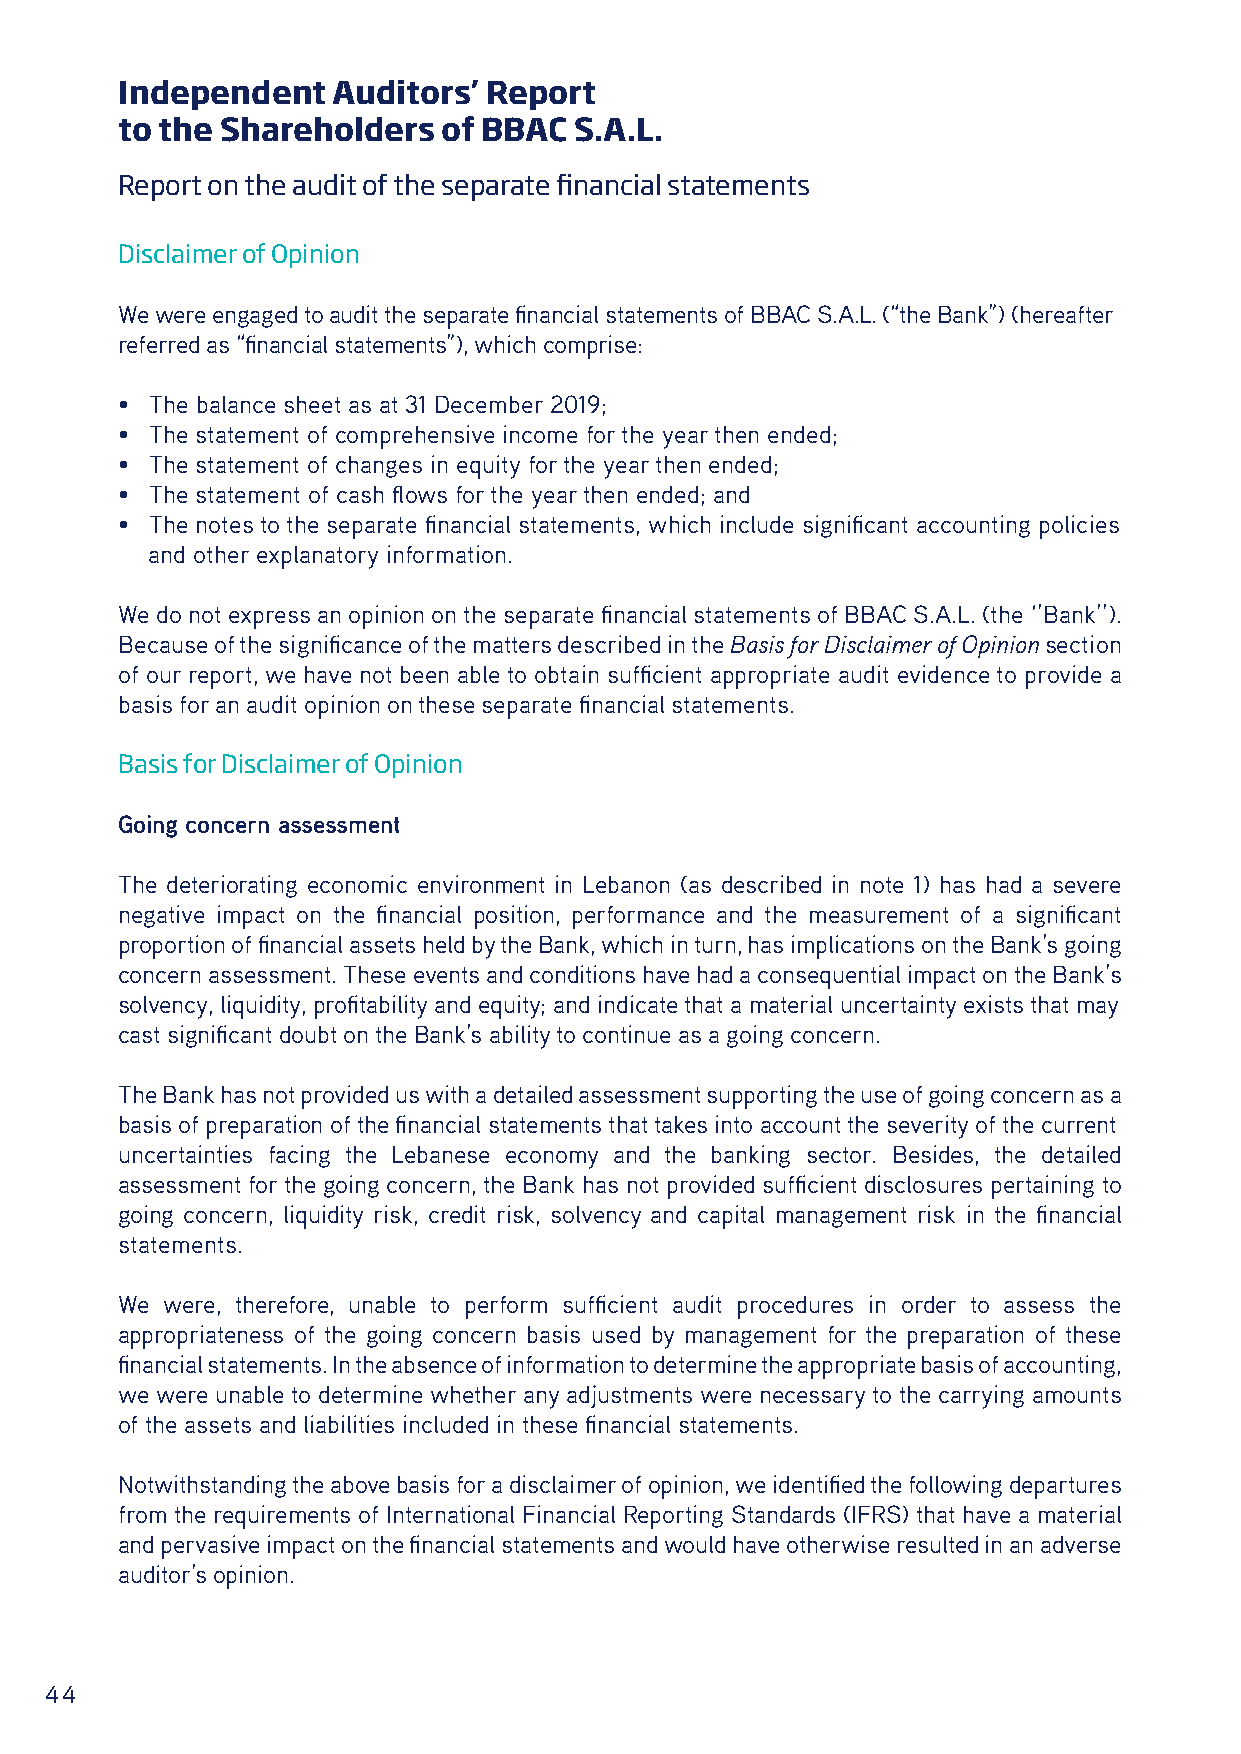
Independent   Auditors’ Report
 to the Shareholders  of BBAC  S.A.L.
 Report on the audit of the separate financial statements
 Disclaimer of Opinion
 We were engaged to audit the separate financial statements of BBAC S.A.L. (“the Bank”) (hereafter
 referred as “financial statements”), which comprise:
 • The balance sheet as at 31 December 2019;
 • The statement of comprehensive income for the year then ended;
 • The statement of changes in equity for the year then ended;
 • The statement of cash flows for the year then ended; and
 • The notes to the separate financial statements, which include significant accounting policies
 and other explanatory information.
 We do not express an opinion on the separate financial statements of BBAC S.A.L. (the ‘’Bank’’).
 Because of the significance of the matters described in the Basis for Disclaimer of Opinion section
 of our report, we have not been able to obtain sufficient appropriate audit evidence to provide a
 basis for an audit opinion on these separate financial statements.
 Basis for Disclaimer of Opinion
 Going concern assessment
 The deteriorating economic environment in Lebanon (as described in note 1) has had a severe
 negative impact on the financial position, performance and the measurement of a significant
 proportion of financial assets held by the Bank, which in turn, has implications on the Bank’s going
 concern assessment. These events and conditions have had a consequential impact on the Bank’s
 solvency, liquidity, profitability and equity; and indicate that a material uncertainty exists that may
 cast significant doubt on the Bank’s ability to continue as a going concern.
 The Bank has not provided us with a detailed assessment supporting the use of going concern as a
 basis of preparation of the financial statements that takes into account the severity of the current
 uncertainties facing the Lebanese economy and the banking sector. Besides, the detailed
 assessment for the going concern, the Bank has not provided sufficient disclosures pertaining to
 going concern, liquidity risk, credit risk, solvency and capital management risk in the financial
 statements.
 We were, therefore, unable to perform sufficient audit procedures in order to assess the
 appropriateness of the going concern basis used by management for the preparation of these
 financial statements. In the absence of information to determine the appropriate basis of accounting,
 we were unable to determine whether any adjustments were necessary to the carrying amounts
 of the assets and liabilities included in these financial statements.
 Notwithstanding the above basis for a disclaimer of opinion, we identified the following departures
 from the requirements of International Financial Reporting Standards (IFRS) that have a material
 and pervasive impact on the financial statements and would have otherwise resulted in an adverse
 auditor’s opinion.
 44